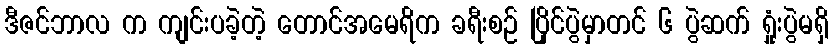
ဒီဇင်ဘာလ က ကျင်းပခဲ့တဲ့ တောင်အမေရိက ခရီးစဉ် ပြိုင်ပွဲမှာတင် ၆ ပွဲဆက် ရှုံးပွဲမရှိ